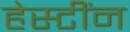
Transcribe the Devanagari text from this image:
हेस्टींन